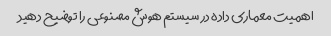
اهمیت معماری داده در سیستم هوش مصنوعی را توضیح دهید